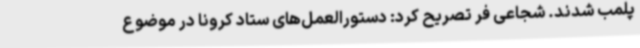
پلمب شدند. شجاعی فر تصریح کرد: دستورالعمل‌های ستاد کرونا در موضوع